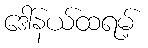
ဒေါ်နယ်ထရမ့်